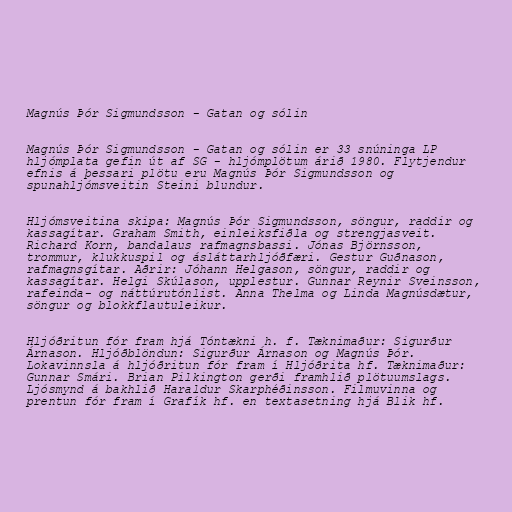
Magnús Þór Sigmundsson - Gatan og sólin

Magnús Þór Sigmundsson - Gatan og sólin er 33 snúninga LP
hljómplata gefin út af SG - hljómplötum árið 1980. Flytjendur
efnis á þessari plötu eru Magnús Þór Sigmundsson og
spunahljómsveitin Steini blundur.

Hljómsveitina skipa: Magnús Þór Sigmundsson, söngur, raddir og
kassagítar. Graham Smith, einleiksfiðla og strengjasveit.
Richard Korn, bandalaus rafmagnsbassi. Jónas Björnsson,
trommur, klukkuspil og ásláttarhljóðfæri. Gestur Guðnason,
rafmagnsgítar. Aðrir: Jóhann Helgason, söngur, raddir og
kassagítar. Helgi Skúlason, upplestur. Gunnar Reynir Sveinsson,
rafeinda- og náttúrutónlist. Anna Thelma og Linda Magnúsdætur,
söngur og blokkflautuleikur.

Hljóðritun fór fram hjá Tóntækni h. f. Tæknimaður: Sigurður
Árnason. Hljóðblöndun: Sigurður Árnason og Magnús Þór.
Lokavinnsla á hljóðritun fór fram í Hljóðrita hf. Tæknimaður:
Gunnar Smári. Brian Pilkington gerði framhlið plötuumslags.
Ljósmynd á bakhlið Haraldur Skarphéðinsson. Filmuvinna og
prentun fór fram í Grafík hf. en textasetning hjá Blik hf.